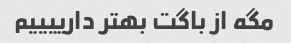
مگه از باگت بهتر دارییییم